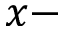
x -